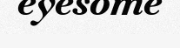
eyesome